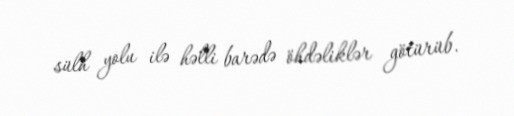
sülh yolu ilə həlli barədə öhdəliklər götürüb.